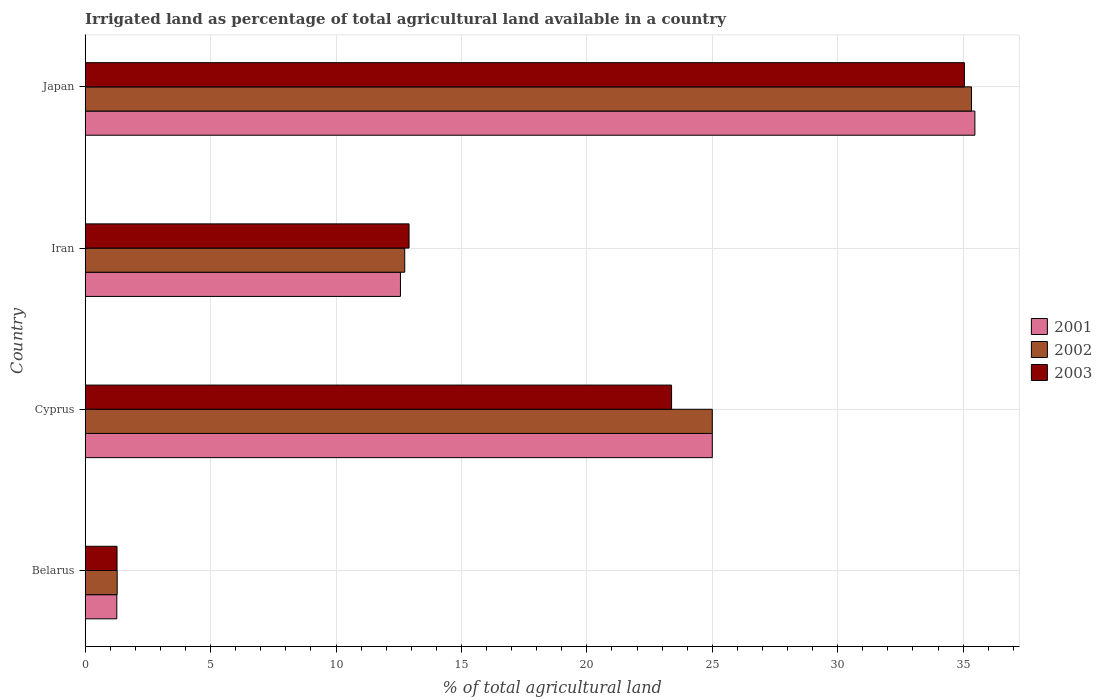
| Country | 2001 | 2002 | 2003 |
 | --- | --- | --- | --- |
 | Belarus | 1.26 | 1.27 | 1.27 |
 | Cyprus | 25 | 25 | 23.4 |
 | Iran | 12.6 | 12.7 | 12.9 |
 | Japan | 35.5 | 35.3 | 35.1 |